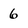
Character: 6